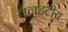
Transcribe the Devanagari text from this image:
तलहटीय